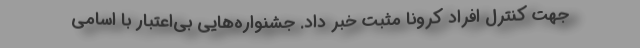
جهت کنترل افراد کرونا مثبت خبر داد. جشنواره‌هایی بی‌اعتبار با اسامی